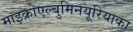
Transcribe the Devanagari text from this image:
माइक्रोएल्बुमिनयूरियाका